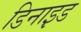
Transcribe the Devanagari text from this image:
डिनाइ़ड